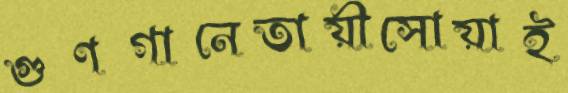
গুণগানেতায়ীসোয়াই